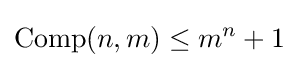
\operatorname {Comp} (n,m)\leq m^{n}+1